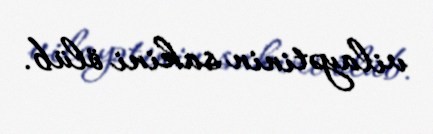
vilayətinin sakini ölüb.